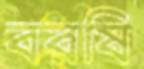
বরষি